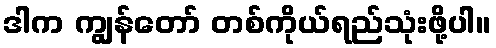
ဒါက ကျွန်တော် တစ်ကိုယ်ရည်သုံးဖို့ပါ။